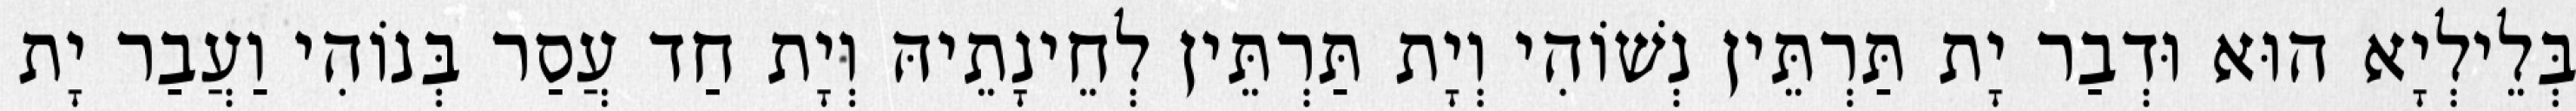
בְּלֵילְיָא הוּא וּדְבַר יָת תַּרְתֵּין נְשׁוֹהִי וְיָת תַּרְתֵּין לְחֵינָתֵיהּ וְיָת חַד עֲסַר בְּנוֹהִי וַעֲבַר יָת